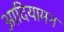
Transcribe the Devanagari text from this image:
आदियामन